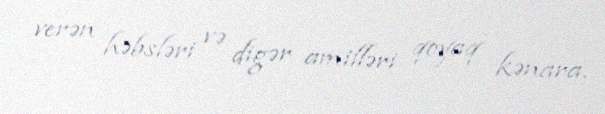
verən həbsləri və digər amilləri qoyaq kənara.